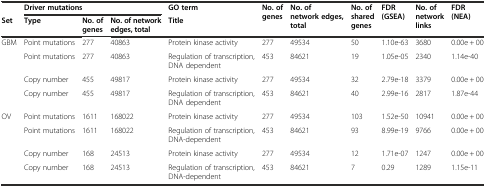
<table><thead><tr><td></td><td colspan="3"><b>Driver mutations</b></td><td><b>GO term</b></td><td rowspan="2"><b>No. of genes</b></td><td rowspan="2"><b>No. of network edges, total</b></td><td rowspan="2"><b>No. of shared genes</b></td><td rowspan="2"><b>FDR(GSEA)</b></td><td rowspan="2"><b>No. of network links</b></td><td rowspan="2"><b>FDR(NEA)</b></td></tr><tr><td><b>Set</b></td><td><b>Type</b></td><td><b>No. of genes</b></td><td><b>No. of network edges, total</b></td><td><b>Title</b></td></tr></thead><tbody><tr><td rowspan="4">GBM</td><td>Point mutations</td><td>277</td><td>40863</td><td>Protein kinase activity</td><td>277</td><td>49534</td><td>50</td><td>1.10e-63</td><td>3680</td><td>0.00e + 00</td></tr><tr><td>Point mutations</td><td>277</td><td>40863</td><td>Regulation of transcription, DNA dependent</td><td>453</td><td>84621</td><td>19</td><td>1.05e-05</td><td>2340</td><td>1.14e-40</td></tr><tr><td>Copy number</td><td>455</td><td>49817</td><td>Protein kinase activity</td><td>277</td><td>49534</td><td>32</td><td>2.79e-18</td><td>3379</td><td>0.00e + 00</td></tr><tr><td>Copy number</td><td>455</td><td>49817</td><td>Regulation of transcription, DNA dependent</td><td>453</td><td>84621</td><td>40</td><td>2.99e-16</td><td>2817</td><td>1.87e-44</td></tr><tr><td rowspan="4">OV</td><td>Point mutations</td><td>1611</td><td>168022</td><td>Protein kinase activity</td><td>277</td><td>49534</td><td>103</td><td>1.52e-50</td><td>10941</td><td>0.00e + 00</td></tr><tr><td>Point mutations</td><td>1611</td><td>168022</td><td>Regulation of transcription, DNA-dependent</td><td>453</td><td>84621</td><td>93</td><td>8.99e-19</td><td>9766</td><td>0.00e + 00</td></tr><tr><td>Copy number</td><td>168</td><td>24513</td><td>Protein kinase activity</td><td>277</td><td>49534</td><td>12</td><td>1.71e-07</td><td>1247</td><td>0.00e + 00</td></tr><tr><td>Copy number</td><td>168</td><td>24513</td><td>Regulation of transcription, DNA-dependent</td><td>453</td><td>84621</td><td>7</td><td>0.29</td><td>1289</td><td>1.15e-11</td></tr></tbody></table>